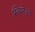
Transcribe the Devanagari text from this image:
स्विमरेट्स